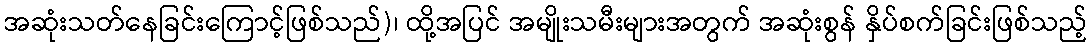
အဆုံးသတ်နေခြင်းကြောင့်ဖြစ်သည်)၊ ထို့အပြင် အမျိုးသမီးများအတွက် အဆုံးစွန် နှိပ်စက်ခြင်းဖြစ်သည့်